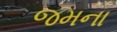
જમના